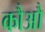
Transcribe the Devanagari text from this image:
कौऔ